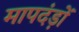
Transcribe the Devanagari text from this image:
मापदंड़ों